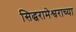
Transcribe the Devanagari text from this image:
सिद्धरामेश्वराच्या